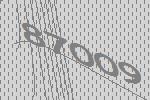
87009